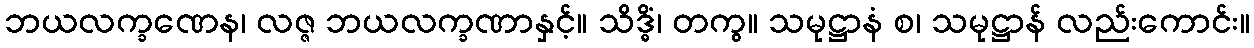
ဘယလက္ခဏေန၊ လဇ္ဇ ဘယလက္ခဏာနှင့်။ သိဒ္ဓိံ၊ တကွ။ သမုဋ္ဌာနံ စ၊ သမုဋ္ဌာန် လည်းကောင်း။